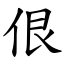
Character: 佷